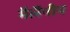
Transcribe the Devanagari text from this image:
मैलैनीय